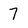
Character: 7